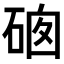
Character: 𥓁